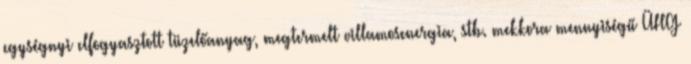
egységnyi elfogyasztott tüzelőanyag, megtermelt villamosenergia, stb. mekkora mennyiségű ÜHG